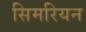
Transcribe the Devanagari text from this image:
सिमरियन